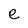
Character: e